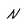
Character: N